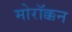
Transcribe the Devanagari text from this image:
मोरॉक्कन